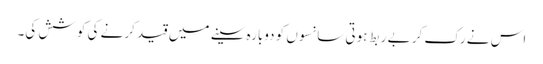
اس نے رک کر بے ربط ہوتی سانسوں کو دوبارہ سینے میں قید کرنے کی کوشش کی۔